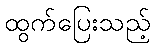
ထွက်ပြေးသည့်